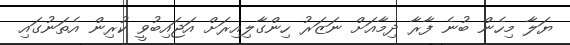
ޔަލާ މިހެން ބުނެ ފާރާ ދިމާއަށް ނަޒަރު ހިންގާލިއިރަށް އަޖައިބުވީ ކުރިން އެތަނުގައި